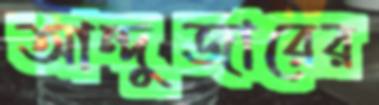
আন্দুজারের